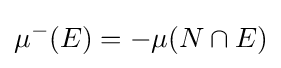
\mu ^{-}(E)=-\mu (N\cap E)